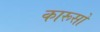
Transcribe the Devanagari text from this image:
कारूसो